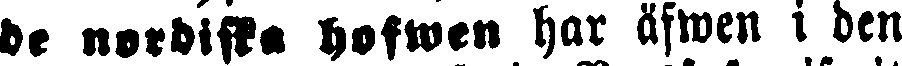
de nordiska hofwen har äfwen i den